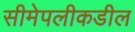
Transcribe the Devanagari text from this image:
सीमेपलीकडील